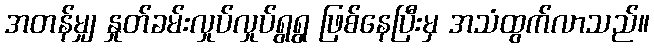
အတန်မျှ နှုတ်ခမ်းလှုပ်လှုပ်ရွရွ ဖြစ်နေပြီးမှ အသံထွက်လာသည်။